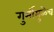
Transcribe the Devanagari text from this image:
गुर्मीमुळेच